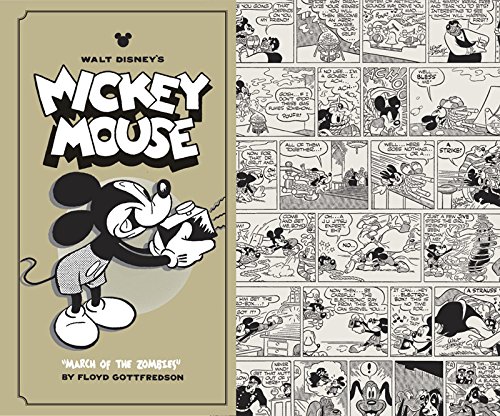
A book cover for Walt Disney's Mickey Mouse Vol. 7: "March Of The Zombies" (Vol. 7)  (Walt Disney's Mickey Mouse); Floyd Gottfredson; Comics & Graphic Novels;